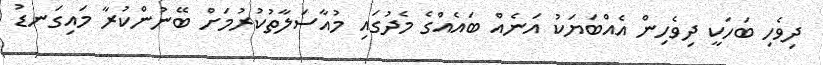
ދިވެހި ބަހަކީ ދިވެހިން އެއްބަޔަކު އަނެއް ބައެއްގެ މެދުގައި މުއާސަލާތުކުރުމަށް ބޭނުންކުރާ މައިގަނޑު